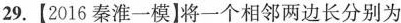
29.【2016秦淮一模】将一个相邻两边长分别为